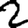
Digit: 2